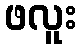
ဖလူး